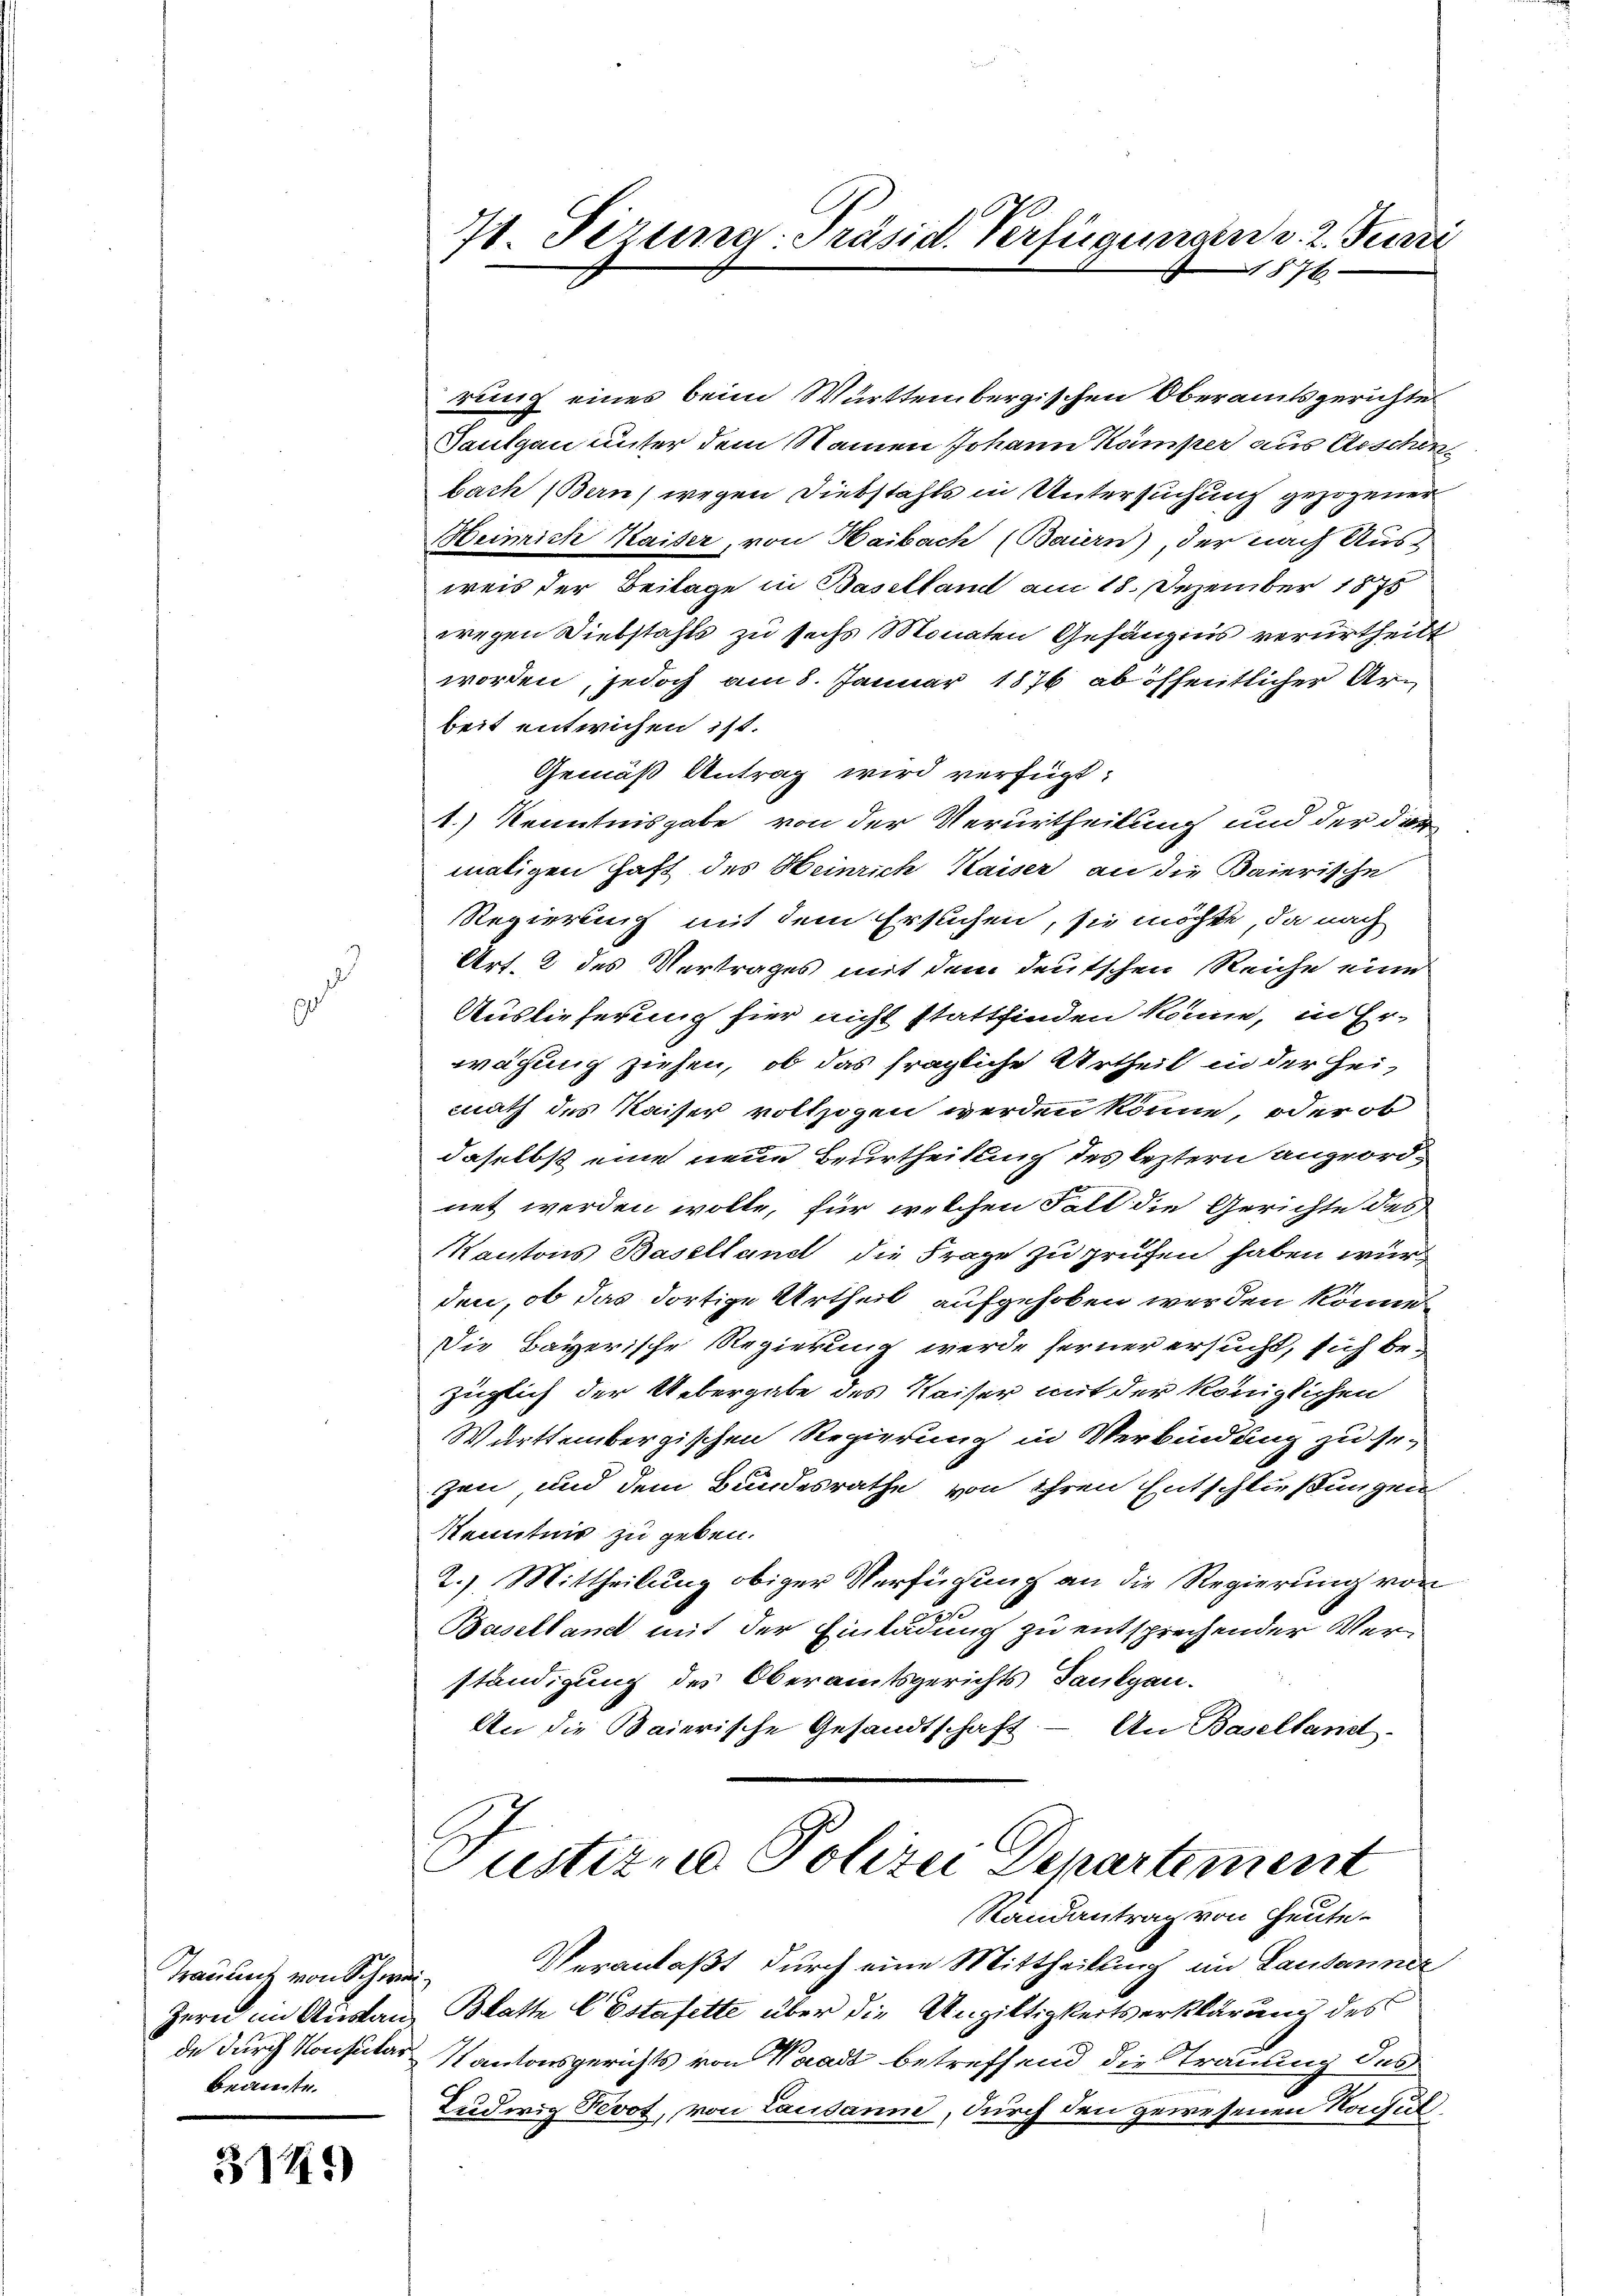
d
0

Trauung von Schweizern in Anstande durch Konsular
bediente.

3141)

71. Serung - Präsid. Verfügungen v. 2. Juni
876

Justiz, Polizei Departement
Randantrag von Heute

rung eines beim Württembergischen Oberamtsgerichte
Tautgau unter dem Namen Johann Kamper aus Aeschen
bach Bern, wegen Diebstahls in Untersuchung gezogener
Heinrich Kaiser, von Haibach (Bauern), der nach Aus-
weis der Beilage in Baselland am 18. Dezember 1875
wegen Diebstahls zu sechs Monaten Gefängnis verurtheilt
worden, jedoch am 8. Januar 1876 ab öffentlicher Arbeit entwichen ist.
Gemäß Antrag wird verfügt:
1.) Kenntnisgabe von der Verurtheilung und der der
maligen Haft des Heinrich Kaiser an die Baierische
Regierung mit dem Ersuchen, sie möchte, da nach
Art. 2 des Vertrages mit dem deutschen Reiche einer
Auslieferung hier nicht stattfinden könne, in Er-
wägung ziehen, ob das fragliche Urtheil in der Heimath des Kaiser vollzogen werden könne, oder ob
daselbst eine neue Beurtheilung des leztern angeordnet werden wolle, für welchen Fall die Gerichte des
Kantons Baselland die Frage zu prüfen haben wur
den, ob das dortige Urtheil aufgehoben werden könne.
Die Bayerische Regierung werde ferner ersucht, sich bezüglich der Uebergabe des Waiser mit der königlichen
Württembergischen Regierung in Verbindung zu gezen und dem Bundesrathe von ihren Entschließungen
Kenntnis zu geben.
2.) Mittheilung obiger Verfügung an die Regierung von
Baselland mit der Einladung zu entsprechender Verständigung des Oberamtsgerichts Tankgau.
An die Baierische Gesandtschaft. — An Baselland.

Veranlaßt durch eine Mittheilung im Lausanner
Blatte C Estafette über die Ungiltigkeitserklärung des
Kantonsgerichts von Waadt betreffend die Strauung des
Ludwig Fevot, von Lausanne, durch den gewesenen Nachul¬